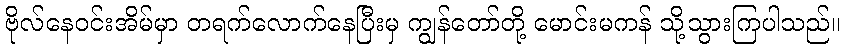
ဗိုလ်နေဝင်းအိမ်မှာ တရက်လောက်နေပြီးမှ ကျွန်တော်တို့ မောင်းမကန် သို့သွားကြပါသည်။